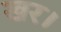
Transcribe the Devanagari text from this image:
खर।